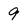
Character: 9